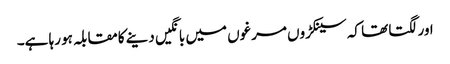
اور لگتا تھا کہ سینکڑوں مرغوں میں بانگیں دینے کامقابلہ ہو رہا ہے۔